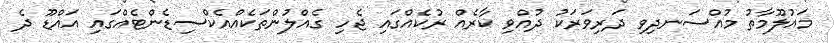
މައުލޫމާތު މުއްސަނދިވި ދަރިވަރަކު ދުއްވި ކާރެއް ރުކެއްގައި ޖެހި ގެއްލުންތަކެއްއެކްސިޑެންޓެއްގައި އައްޑޫ ދެ